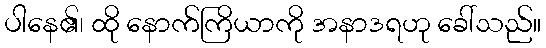
ပါနေ၏၊ ထို နောက်ကြိယာကို အနာဒရဟု ခေါ်သည်။